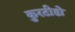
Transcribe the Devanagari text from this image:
कुरटीडो